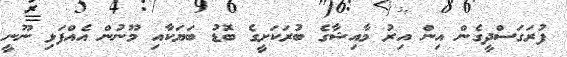
ފުރަގަސްދީގެން އިން އިރު މާއިޝާގެ ބުރަކަށީގެ ބޮޑު ބަޔަކާއި މޫނުން އެއްފަޅި ނޫނީ